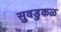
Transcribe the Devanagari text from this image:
सुवडुकळ